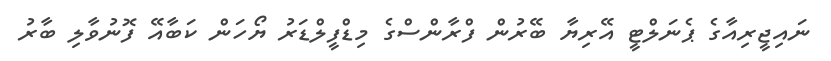
ނައިޖީރިއާގެ ޕެނަލްޓީ އޭރިޔާ ބޭރުން ފްރާންސްގެ މިޑްފީލްޑަރު ޔޯހަން ކަބާއޭ ފޮނުވާލި ބާރު